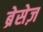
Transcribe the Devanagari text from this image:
ब्रेसेज़